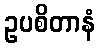
ဥပစိတာနံ